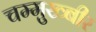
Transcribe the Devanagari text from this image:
चम्मुख्बीर